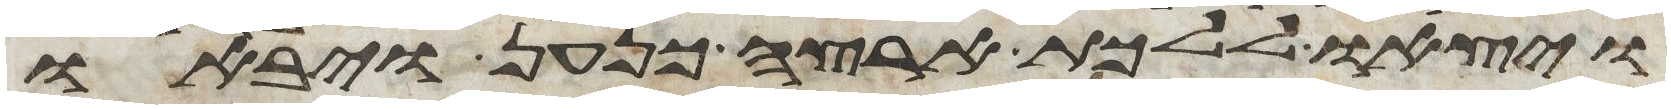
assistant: ויצאו ללכת ארצה כנען ויבאו